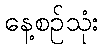
နေ့စဉ်သုံး